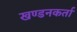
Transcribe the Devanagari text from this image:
खण्डनकर्ता